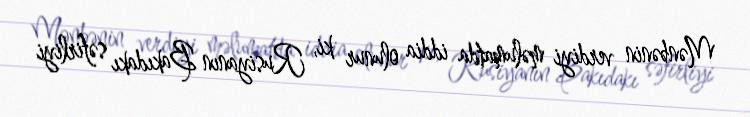
Mənbənin verdiyi məlumatda iddia olunur ki, Rusiyanın Bakıdakı səfirliyi